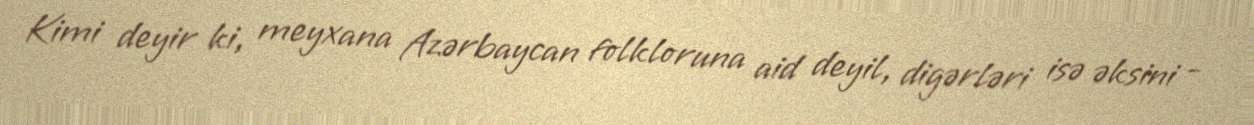
Kimi deyir ki, meyxana Azərbaycan folkloruna aid deyil, digərləri isə əksini -